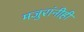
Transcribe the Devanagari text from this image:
मजुरांनीही